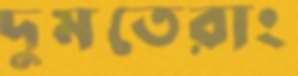
দুমতেরাং